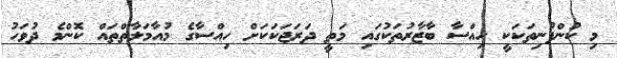
މި ކުންފުނިތަކަކީ ހިއްސާ ބާޒާރުތަކުގައި މަތީ ދަރަޖަކަކަށް ހިއްސާގެ މުއާމަލާތްތައް ކޮންމެ ދުވަހު